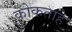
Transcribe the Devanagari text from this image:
कोकताहे